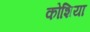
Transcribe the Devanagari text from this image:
कोशिया